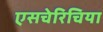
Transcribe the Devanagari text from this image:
एसचेरिचिया